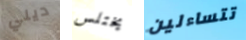
ديلي يختلس تتساءلين